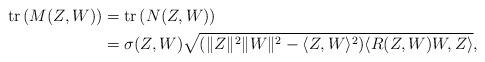
LaTeX: \begin{align*}\textup{tr}\left(M(Z,W)\right)&=\textup{tr}\left(N(Z,W)\right)\\&=\sigma(Z,W)\sqrt{(\|Z\|^2\|W\|^2-\langle Z,W\rangle^2)\langle R(Z,W)W,Z\rangle},\end{align*}